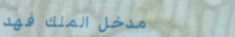
مدخل الملك فهد